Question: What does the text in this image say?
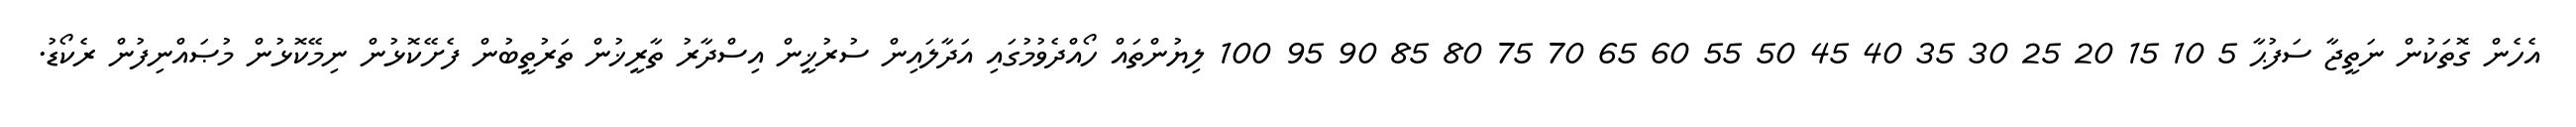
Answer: އެހެން ގޮތަކުން ނަތީޖާ ސަފުޙާ 5 10 15 20 25 30 35 40 45 50 55 60 65 70 75 80 85 90 95 100 ލިޔުންތައް ހޯއްދެވުމުގައި އަދާލައިން ސުރުޚީން އިސްދާރު ތާރީޚުން ތަރުތީބުން ފެށޭކޮޅުން ނިމޭކޮޅުން މުޞައްނިފުން ރެކޯޑު.